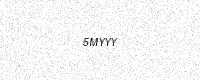
Text: 5MYYY